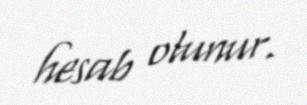
hesab olunur.